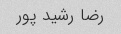
رضا رشید پور